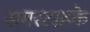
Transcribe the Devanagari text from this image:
समरटाहके